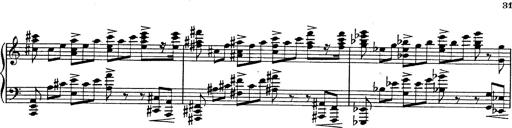
Title: Fantasie Ã¼ber Themen aus Mozarts Figaro und Don Giovanni
Composer: Franz Liszt